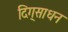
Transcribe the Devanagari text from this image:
दिग्‌साधन